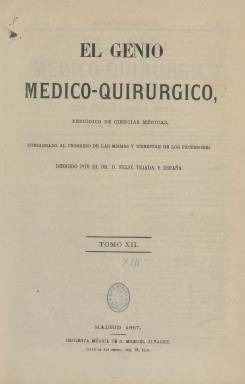
Título: El Genio médico-quirúrgico
Otros títulos: El Genio médico quirúrgico
Colección: Medicina
Ámbito geográfico: Madrid
Lugar de publicación: Madrid
Fechas: 01/01/1867-31/12/1882

Con la ampliación de su título, es continuación del periódico El Eco de los cirujanos, que fundara en Burgos, en 1855, el profesor Félix Tejada y España (1821-1886), y que a partir de 1861 había comenzado a hacerlo en Madrid como El Genio quirúrgico. Siguiendo la secuencia desde 1855, a partir del siete de enero de 1867 adopta esta nueva cabecera, que irá acompañada del subtítulo “periódico de ciencias médicas, consagrado al progreso de las mismas y bienestar de los profesores”. Continuará manteniendo la misma estructura de contenidos y formal que su antecesor, apareciendo también los días 7, 15, 22 y último de cada mes, en entregas de dieciséis páginas, compuestas a dos columnas, que aumenta a veces en algunas más para insertar en las últimas más anuncios comerciales. Su foliación seguirá asimismo siendo continuada, formando tomos anuales, ofreciendo al final de la última entrega de cada mes de diciembre un índice de materias contenidas en cada tomo, y, también, a veces, de los autores de sus artículos. Fue estampado en la madrileña Imprenta Médica de M. Álvarez y después en la de su viuda e hijos.

Forma parte del movimiento científico español, y como semanario médico dedicará sus páginas a asuntos de cirugía, profesionales y académicos. Los textos aparecen repartidos en las secciones Profesional (con la inclusión de las normas legales sobre su ejercicio, discursos, exposiciones o manifiestos públicos de autoridades médicas), Científica (que después dividirá en española y extranjera), Revista de la prensa extranjera y Revista de la prensa española (dedicada a dar cuenta somera de lo más destacado de las publicaciones especializadas en su género), Varia (con la inclusión de estudios o memorias), Oficial (legislación), Crónicas (de congresos y otros eventos científicos o académicos), Comunicados, Correspondencias, Vacantes (de personal de los establecimientos sanitarios), así como un Folletín, que suele estampar en los faldones de sus primeras páginas interiores, de variada temática, pero relacionada con la medicina, dejando la última plana para insertar anuncios comerciales, la mayor parte de ellos sobre bibliografía científico-médica, pero también sobre productos farmacéuticos.

El Genio… de Félix Tejada resumía el programa de la publicación, entre otras, las siguientes máximas: Tolerancia suma con todas las doctrinas, sistemas y opiniones. Libre examen y libertad de enseñanza. Ejercicio libre de la medicina por todos los profesores. Moralidad, tolerancia y compañerismo y colegiación. Pasados unos años será órgano oficial del Ateneo Médico Escolar y de sus alumnos internos y de la Academia Médico-Farmacéutica. Entre los autores de sus textos, estará el propio propietario y director de la publicación, y el número de colaboradores supera ampliamente el medio centenar. Mantuvo las correspondientes polémicas con las publicaciones médicas de la época, como El Siglo médico (1854-1936), el periódico que terminaría absorbiéndolo en 1887, tras el fallecimiento de su propietario. Desde abril de 1886 y diciembre de 1887, El Genio… se había convertido en el órgano oficial de la Sociedad Española de Hidrología Médica, cuando los Anales (1877-1898) de ésta se fusionan y forman parte de la revista con una sección propia. Maraver Eyzaquirre (1995) publica un artículo sobre esta última etapa de este semanario.